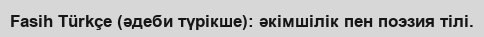
Fasih Türkçe (әдеби түрікше): әкімшілік пен поэзия тілі.